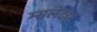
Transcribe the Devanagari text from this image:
म्सलेदार